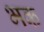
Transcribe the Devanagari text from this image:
भक